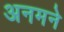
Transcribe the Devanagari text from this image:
अनमने